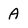
Character: A